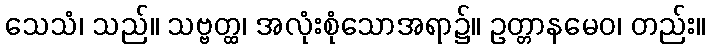
သေသံ၊ သည်။ သဗ္ဗတ္ထ၊ အလုံးစုံသောအရာ၌။ ဥတ္တာနမေဝ၊ တည်း။